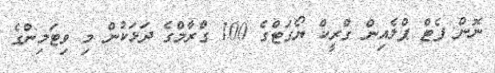
ނޮން ފެޓް ޕްލެއިން ގްރީކް ޔޯގަޓްގެ 100 ގްރާމްގެ ދަޅަކުން މި ވިޓަމިންގެ